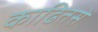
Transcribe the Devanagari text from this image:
काढितसे